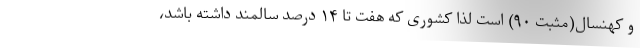
و کهنسال(مثبت ۹۰) است لذا کشوری که هفت تا ۱۴ درصد سالمند داشته باشد،